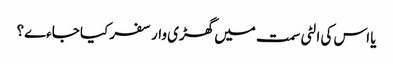
یا اس کی الٹی سمت میں گھڑی وار سفر کیا جاءے؟